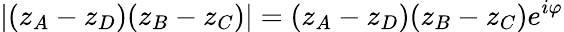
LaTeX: \left|(z_{A}-z_{D})(z_{B}-z_{C})\right|=(z_{A}-z_{D})(z_{B}-z_{C})e^{i\varphi}